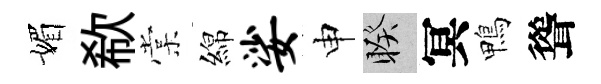
媚欷棠綿娑申睽冥鴨聳